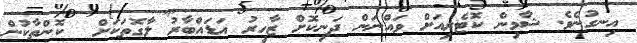
އިނގުނެވެ. ޝާމިން ކޮޓެރިއަށް ވައްނަން ދަނިކޮށް ޒާހިރު އަޑައްބާރު ލާގޮތަކަށް  ކޮންތާކުން